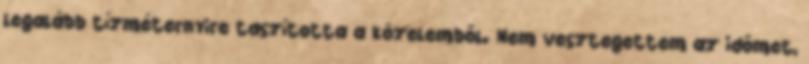
legalább tízméternyire taszította a közelemből. Nem vesztegettem az időmet,